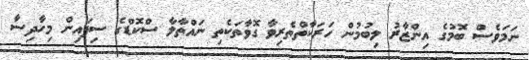
ނަމަވެސް ބޮމުގެ އިންޒާރު ލިބުމުން ހަރަކާތްތެރިވާ ގޮވާތަކެތި ނައްތާލާ ސްކޮޑްގެ ސިފައިން މިހާދިސާ